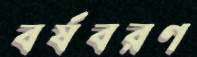
বর্ষবরণ